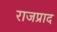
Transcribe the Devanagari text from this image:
राजप्राद